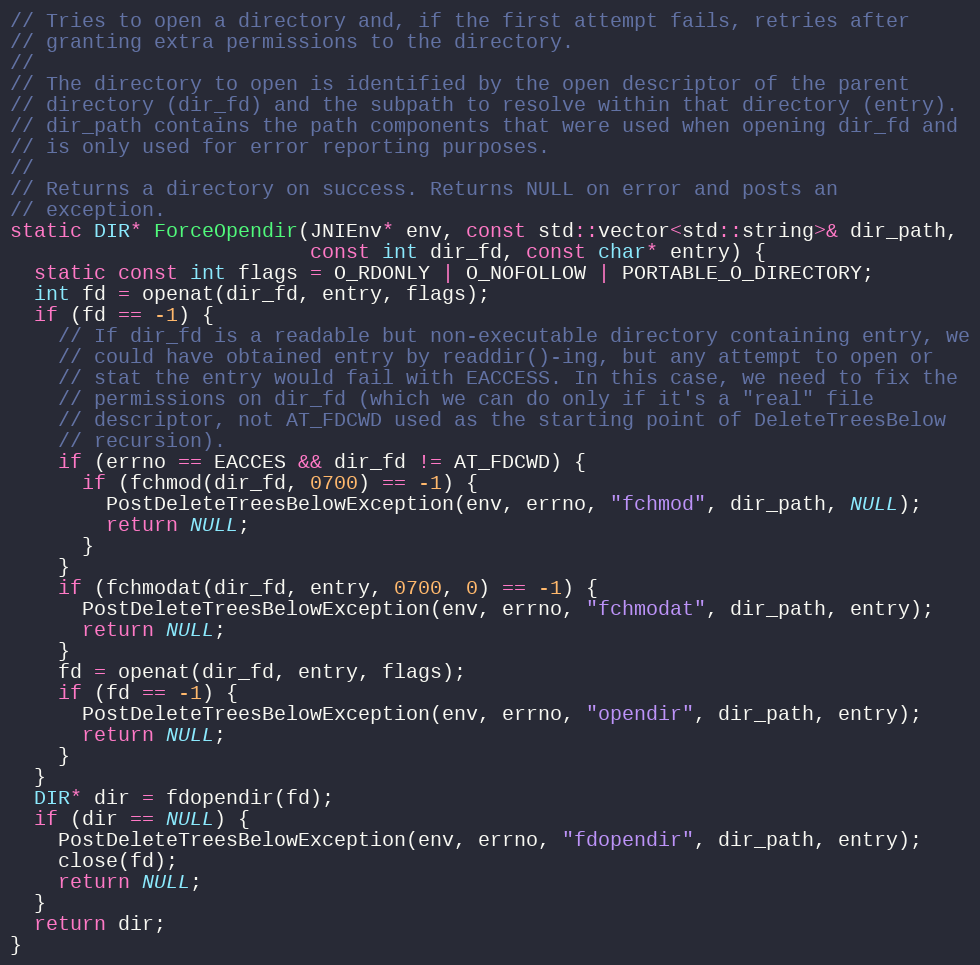
Language: C++
// Tries to open a directory and, if the first attempt fails, retries after
// granting extra permissions to the directory.
//
// The directory to open is identified by the open descriptor of the parent
// directory (dir_fd) and the subpath to resolve within that directory (entry).
// dir_path contains the path components that were used when opening dir_fd and
// is only used for error reporting purposes.
//
// Returns a directory on success. Returns NULL on error and posts an
// exception.
static DIR* ForceOpendir(JNIEnv* env, const std::vector<std::string>& dir_path,
                         const int dir_fd, const char* entry) {
  static const int flags = O_RDONLY | O_NOFOLLOW | PORTABLE_O_DIRECTORY;
  int fd = openat(dir_fd, entry, flags);
  if (fd == -1) {
    // If dir_fd is a readable but non-executable directory containing entry, we
    // could have obtained entry by readdir()-ing, but any attempt to open or
    // stat the entry would fail with EACCESS. In this case, we need to fix the
    // permissions on dir_fd (which we can do only if it's a "real" file
    // descriptor, not AT_FDCWD used as the starting point of DeleteTreesBelow
    // recursion).
    if (errno == EACCES && dir_fd != AT_FDCWD) {
      if (fchmod(dir_fd, 0700) == -1) {
        PostDeleteTreesBelowException(env, errno, "fchmod", dir_path, NULL);
        return NULL;
      }
    }
    if (fchmodat(dir_fd, entry, 0700, 0) == -1) {
      PostDeleteTreesBelowException(env, errno, "fchmodat", dir_path, entry);
      return NULL;
    }
    fd = openat(dir_fd, entry, flags);
    if (fd == -1) {
      PostDeleteTreesBelowException(env, errno, "opendir", dir_path, entry);
      return NULL;
    }
  }
  DIR* dir = fdopendir(fd);
  if (dir == NULL) {
    PostDeleteTreesBelowException(env, errno, "fdopendir", dir_path, entry);
    close(fd);
    return NULL;
  }
  return dir;
}